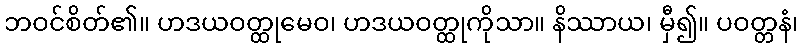
ဘဝင်စိတ်၏။ ဟဒယဝတ္ထုမေဝ၊ ဟဒယဝတ္ထုကိုသာ။ နိဿာယ၊ မှီ၍။ ပဝတ္တနံ၊